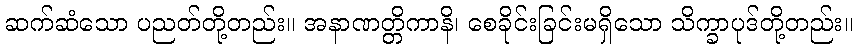
ဆက်ဆံသော ပညတ်တို့တည်း။ အနာဏတ္တိကာနိ၊ စေခိုင်းခြင်းမရှိသော သိက္ခာပုဒ်တို့တည်း။